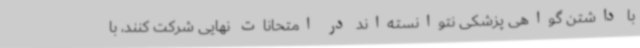
با داشتن گواهی پزشکی نتوانسته‌اند در امتحانات نهایی شرکت کنند، با